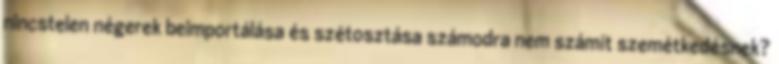
nincstelen négerek beimportálása és szétosztása számodra nem számít szemétkedésnek?